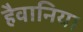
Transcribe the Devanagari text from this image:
हैवानिया